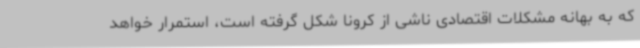
که به بهانه مشکلات اقتصادی ناشی از کرونا شکل گرفته است، استمرار خواهد